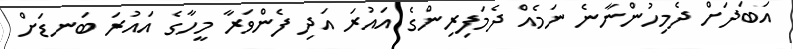
އަބަދަށް ދެމިހުންނާނެ ނަމެއް ދެމަފިރިންގެ އައުރަ އަދި ފެންވަރާ މީހާގެ އައުރަ ބަނޑަށް